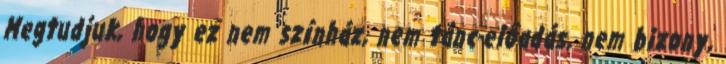
Megtudjuk, hogy ez nem színház, nem tánc-előadás, nem bizony,